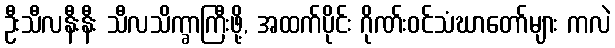
ဦးသီလနီးနီး သီလသိက္ခာကြီးဖို့, အထက်ပိုင်း ဂိုဏ်းဝင်သံဃာတော်များ ကလဲ